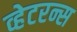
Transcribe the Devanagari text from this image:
व्हेटरन्स